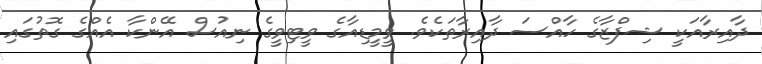
ދާއިރާއަކީ ޝިފްޒާގެ ހާއްސަ ދާއިރާތަކެވެ. ވީމީޑިއާގެ ވީޓިވީގެ ނިއުސް އޭންކާ އެއްގެ ގޮތުގައި